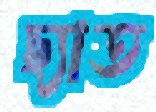
ছ্যাত